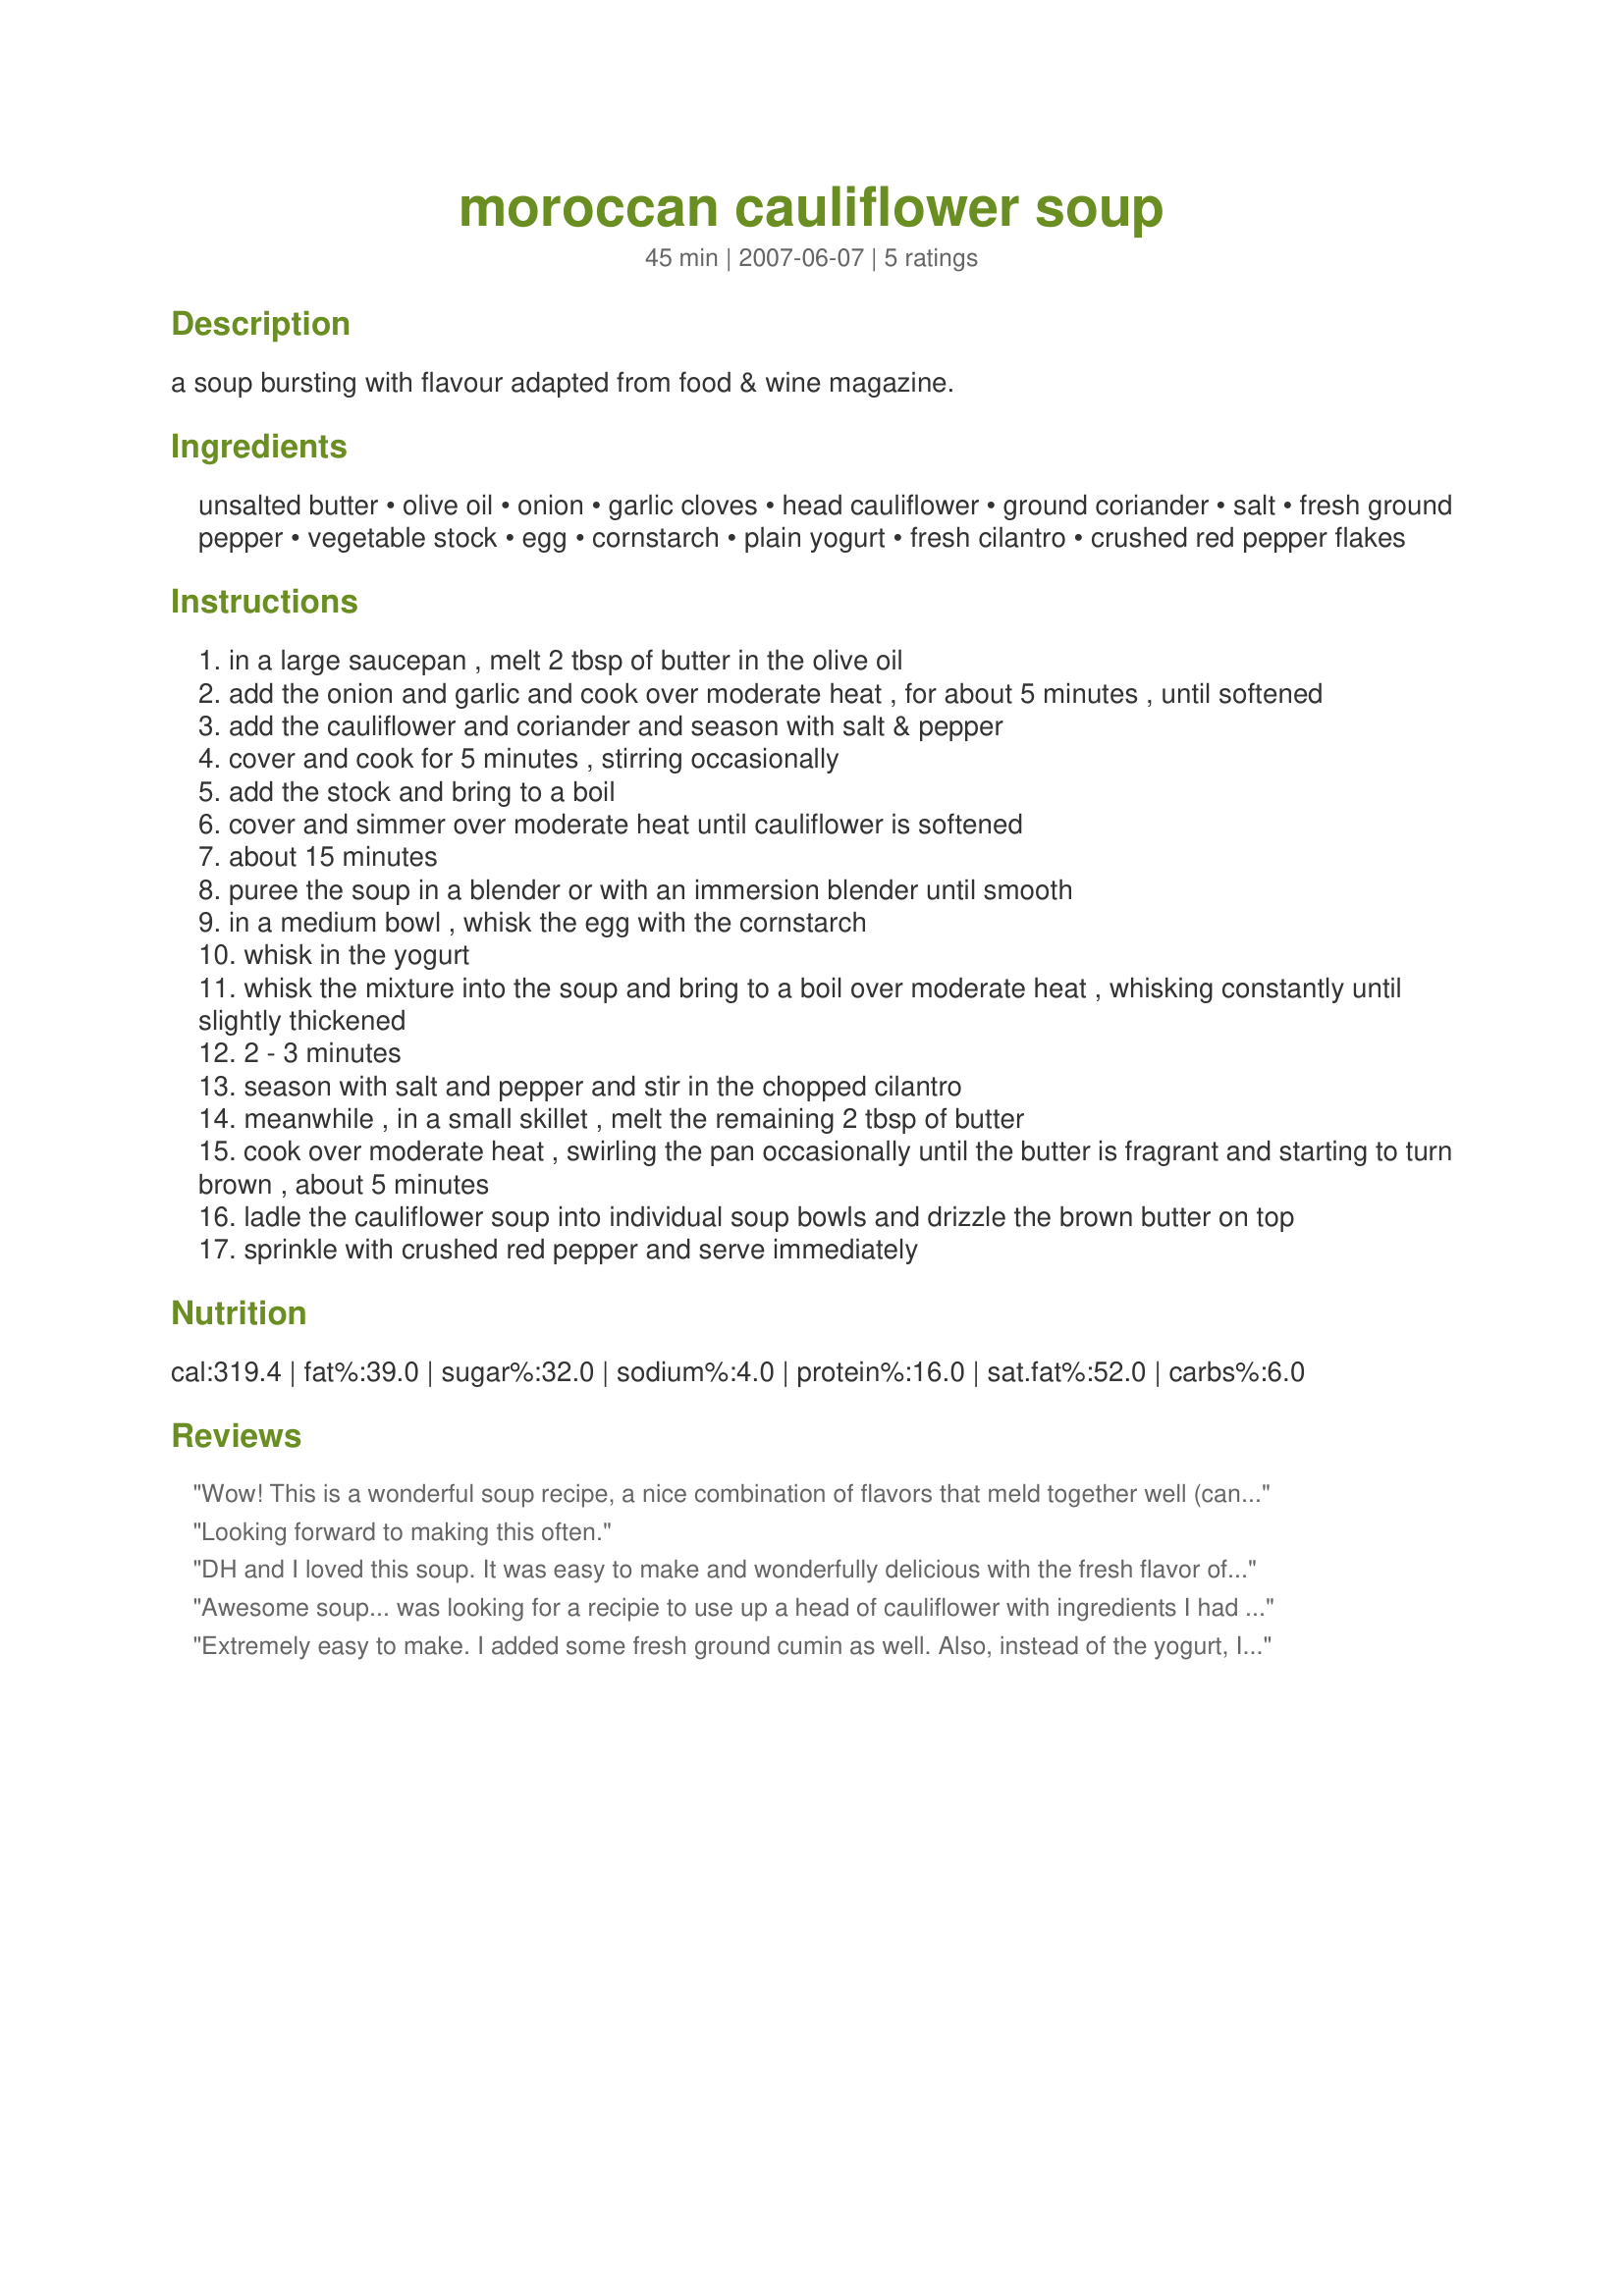
moroccan cauliflower soup
Preparation time: 45 minutes

a soup bursting with flavour adapted from food & wine magazine.

Ingredients:
unsalted butter, olive oil, onion, garlic cloves, head cauliflower, ground coriander, salt, fresh ground pepper, vegetable stock, egg, cornstarch, plain yogurt, fresh cilantro, crushed red pepper flakes

Steps:
in a large saucepan , melt 2 tbsp of butter in the olive oil
add the onion and garlic and cook over moderate heat , for about 5 minutes , until softened
add the cauliflower and coriander and season with salt & pepper
cover and cook for 5 minutes , stirring occasionally
add the stock and bring to a boil
cover and simmer over moderate heat until cauliflower is softened
about 15 minutes
puree the soup in a blender or with an immersion blender until smooth
in a medium bowl , whisk the egg with the cornstarch
whisk in the yogurt
whisk the mixture into the soup and bring to a boil over moderate heat , whisking constantly until slightly thickened
2 - 3 minutes
season with salt and pepper and stir in the chopped cilantro
meanwhile , in a small skillet , melt the remaining 2 tbsp of butter
cook over moderate heat , swirling the pan occasionally until the butter is fragrant and starting to turn brown , about 5 minutes
ladle the cauliflower soup into individual soup bowls and drizzle the brown butter on top
sprinkle with crushed red pepper and serve immediately

Reviews:
Wow! This is a wonderful soup recipe, a nice combination of flavors that meld together well (can't really pick out any one - just a nice twang with a bit of spice and saltiness) yummy! I am really glad I made this and will make it often in the winter to bring for my weekday lunch at work. ZWT 3
Looking forward to making this often.
DH and I loved this soup. It was easy to make and wonderfully delicious with the fresh flavor of each item. Delicious with crusty Italian garlic bread.
Awesome soup... was looking for a recipie to use up a head of cauliflower with ingredients I had on hand. I did use garam masala instead of coriander since I didn't have any. Had it for dinner with a couple slices of homemade whole wheat bread.. Very nice for a soup for dinner or meatless night.
Extremely easy to make. I added some fresh ground cumin as well. Also, instead of the yogurt, I dolloped ample creme fraiche into each bowl. Yummy.
